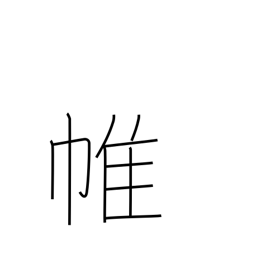
Meaning: curtain